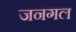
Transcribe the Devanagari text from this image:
जनगल